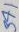
Text: 371